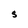
Character: S